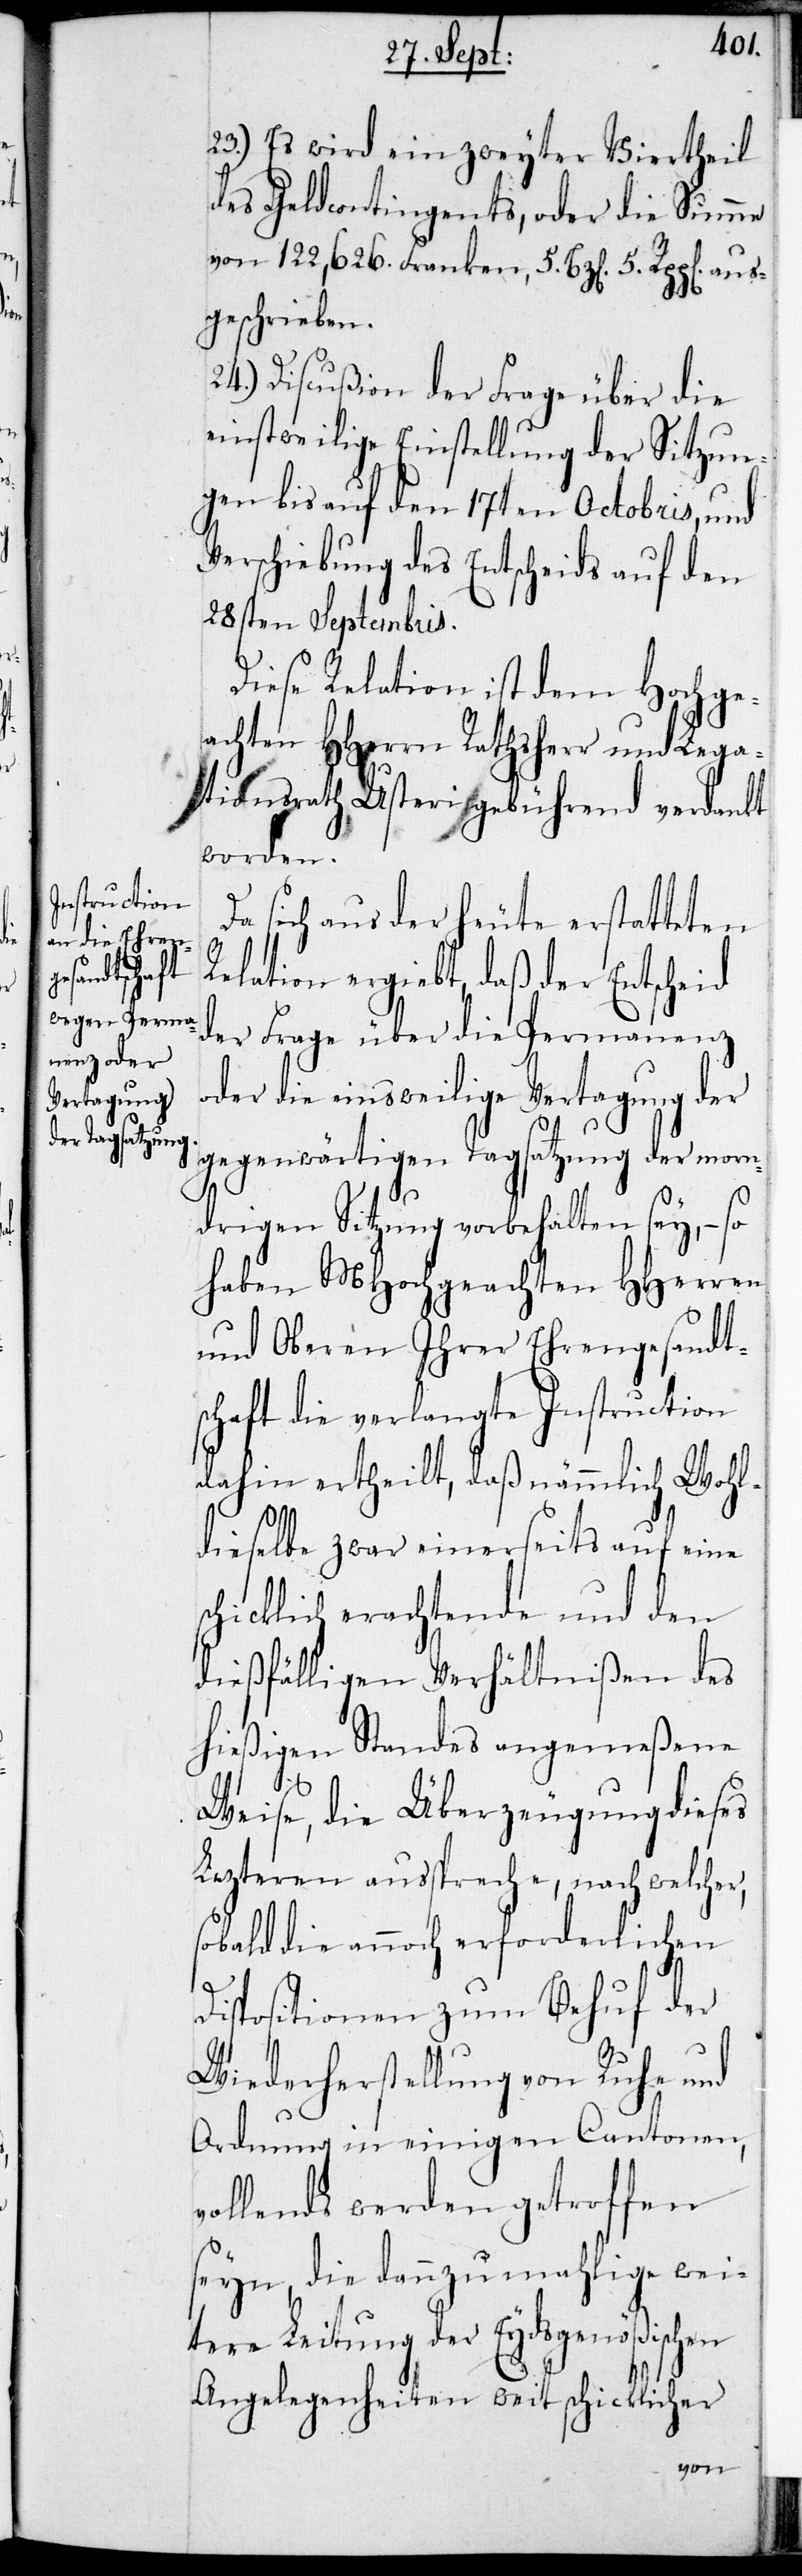
23.) Es wird ein zweyter Viertheil
des Geldcontingents, oder die Summe
von 122,626. Franken, 5. Bz[en] 5. Rpp[en] aus¬
geschrieben.
24.) Discußion der Frage über die
einstweilige Einstellung der Sitzun¬
gen bis auf den 17ten Octobris und
Verschiebung des Entscheids auf den
28sten Septembris.
Diese Relation ist dem Hochge¬
achten HHerrn Rathsherr und Lega¬
tionsrath Usteri gebührend verdankt
worden.
Da sich aus der heute erstatteten
Relation ergiebt, daß der Entscheid
der Frage über die Permanenz
oder die einstweilige Vertagung der
gegenwärtigen Tagsatzung der morn¬
drigen Sitzung vorbehalten sey, – so
haben MHochgeachten HHerren
und Oberen Ihrer Ehrengesandt¬
schaft die verlangte Instruction
dahin ertheilt, daß nämmlich Wohl¬
dieselbe zwar einerseits auf eine
schicklich erachtende und den
dießfälligen Verhältnißen des
hießigen Standes angemeßene
Weise, die Überzeugung dieses
Lezteren ausspreche, nach welcher,
sobald die annoch erforderlichen
Dispositionen zum Behuf der
Wiederherstellung von Ruhe und
Ordnung in einigen Cantonen,
vollends werden getroffen
seyn, die dannzumahlige wei¬
tere Leitung der Eydsgenößischen
Angelegenheiten weit schicklicher